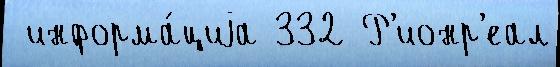
 информа́циjа 332 Р'ионр'еал